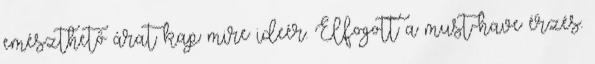
emészthető árat kap mire ideér. Elfogott a must-have érzés.